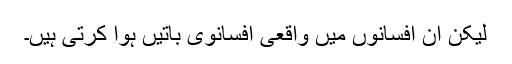
لیکن ان افسانوں میں واقعی افسانوی باتیں ہوا کرتی ہیں۔